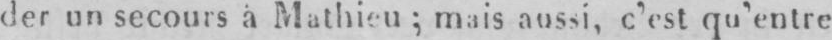
der un secours à Mathieu; compagnie aussi, c’est qu’entre